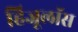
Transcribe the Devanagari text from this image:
हिजूलॉस